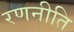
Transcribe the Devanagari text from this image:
रणनीति